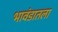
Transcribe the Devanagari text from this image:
भावंडातला